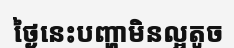
ថ្ងៃនេះបញ្ហាមិនល្អតូច